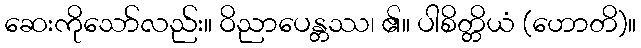
ဆေးကိုသော်လည်း။ ဝိညာပေန္တဿ၊ ၏။ ပါစိတ္တိယံ (ဟောတိ)။